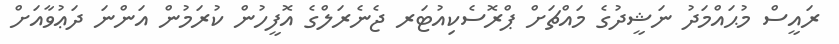
ރައީސް މުޙައްމަދު ނަޝީދުގެ މައްޗަށް ޕްރޮސެކިއުޓަރ ޖެނެރަލްގެ އޮފީހުން ކުރަމުން އަންނަ ދަޢުވާއަށް